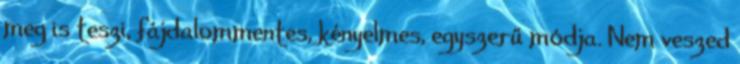
meg is teszi, fájdalommentes, kényelmes, egyszerű módja. Nem veszed